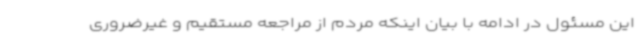
این مسئول در ادامه با بیان اینکه مردم از مراجعه مستقیم و غیرضروری